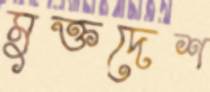
মুক্তদেশ